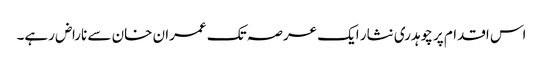
اس اقدام پر چوہدری نثار ایک عرصہ تک عمران خان سے ناراض رہے۔